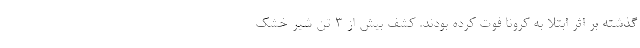
گذشته بر اثر ابتلا به کرونا فوت کرده بودند. کشف بیش از 3 تن شیر خشک